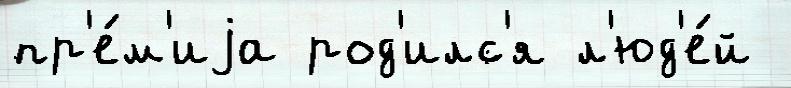
пр'е́м'иjа род'илс'я л'юд'е́й